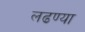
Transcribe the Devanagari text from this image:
लढण्या